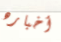
أخباره